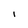
Character: I